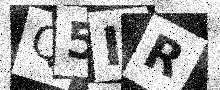
Text: Q5IR